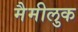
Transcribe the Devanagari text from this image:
मैमीलुक